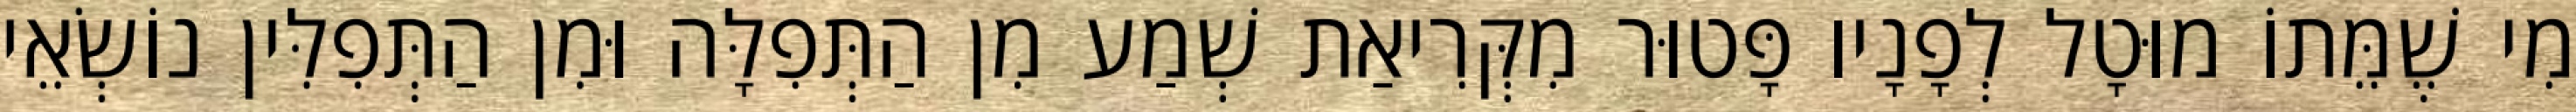
מִי שֶׁמֵּתוֹ מוּטָל לְפָנָיו פָּטוּר מִקְּרִיאַת שְׁמַע מִן הַתְּפִלָּה וּמִן הַתְּפִלִּין נוֹשְׂאֵי